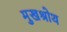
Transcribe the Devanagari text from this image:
मुखश्रोथ